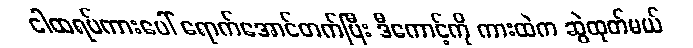
ငါထရပ်ကားပေါ် ရောက်အောင်တက်ပြီး ဒီကောင့်ကို ကားထဲက ဆွဲထုတ်မယ်